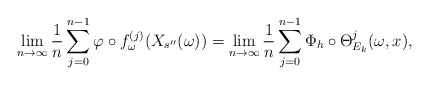
\begin{align*}\lim _{n\to \infty} \frac{1}{n} \sum ^{n-1} _{j=0} \varphi \circ f_{\omega} ^{(j)} (X_{s^{\prime \prime}}(\omega)) = \lim _{n\to \infty} \frac{1}{n} \sum ^{n-1} _{j=0} \Phi _h \circ \Theta _{E_k} ^j (\omega ,x),\end{align*}